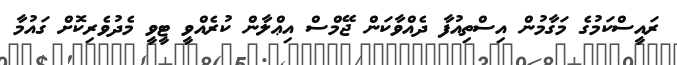
ރައީސްކަމުގެ މަގާމުން އިސްތިއުފާ ދެއްވާކަން ޖޭމްސް އިޢްލާން ކުރެއްވީ ޓީވީ މެދުވެރިކޮށް ގައުމާ